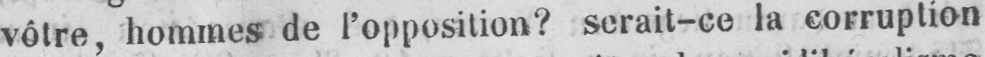
vôtre, hommes de l’opposition? serait-ce la corruption